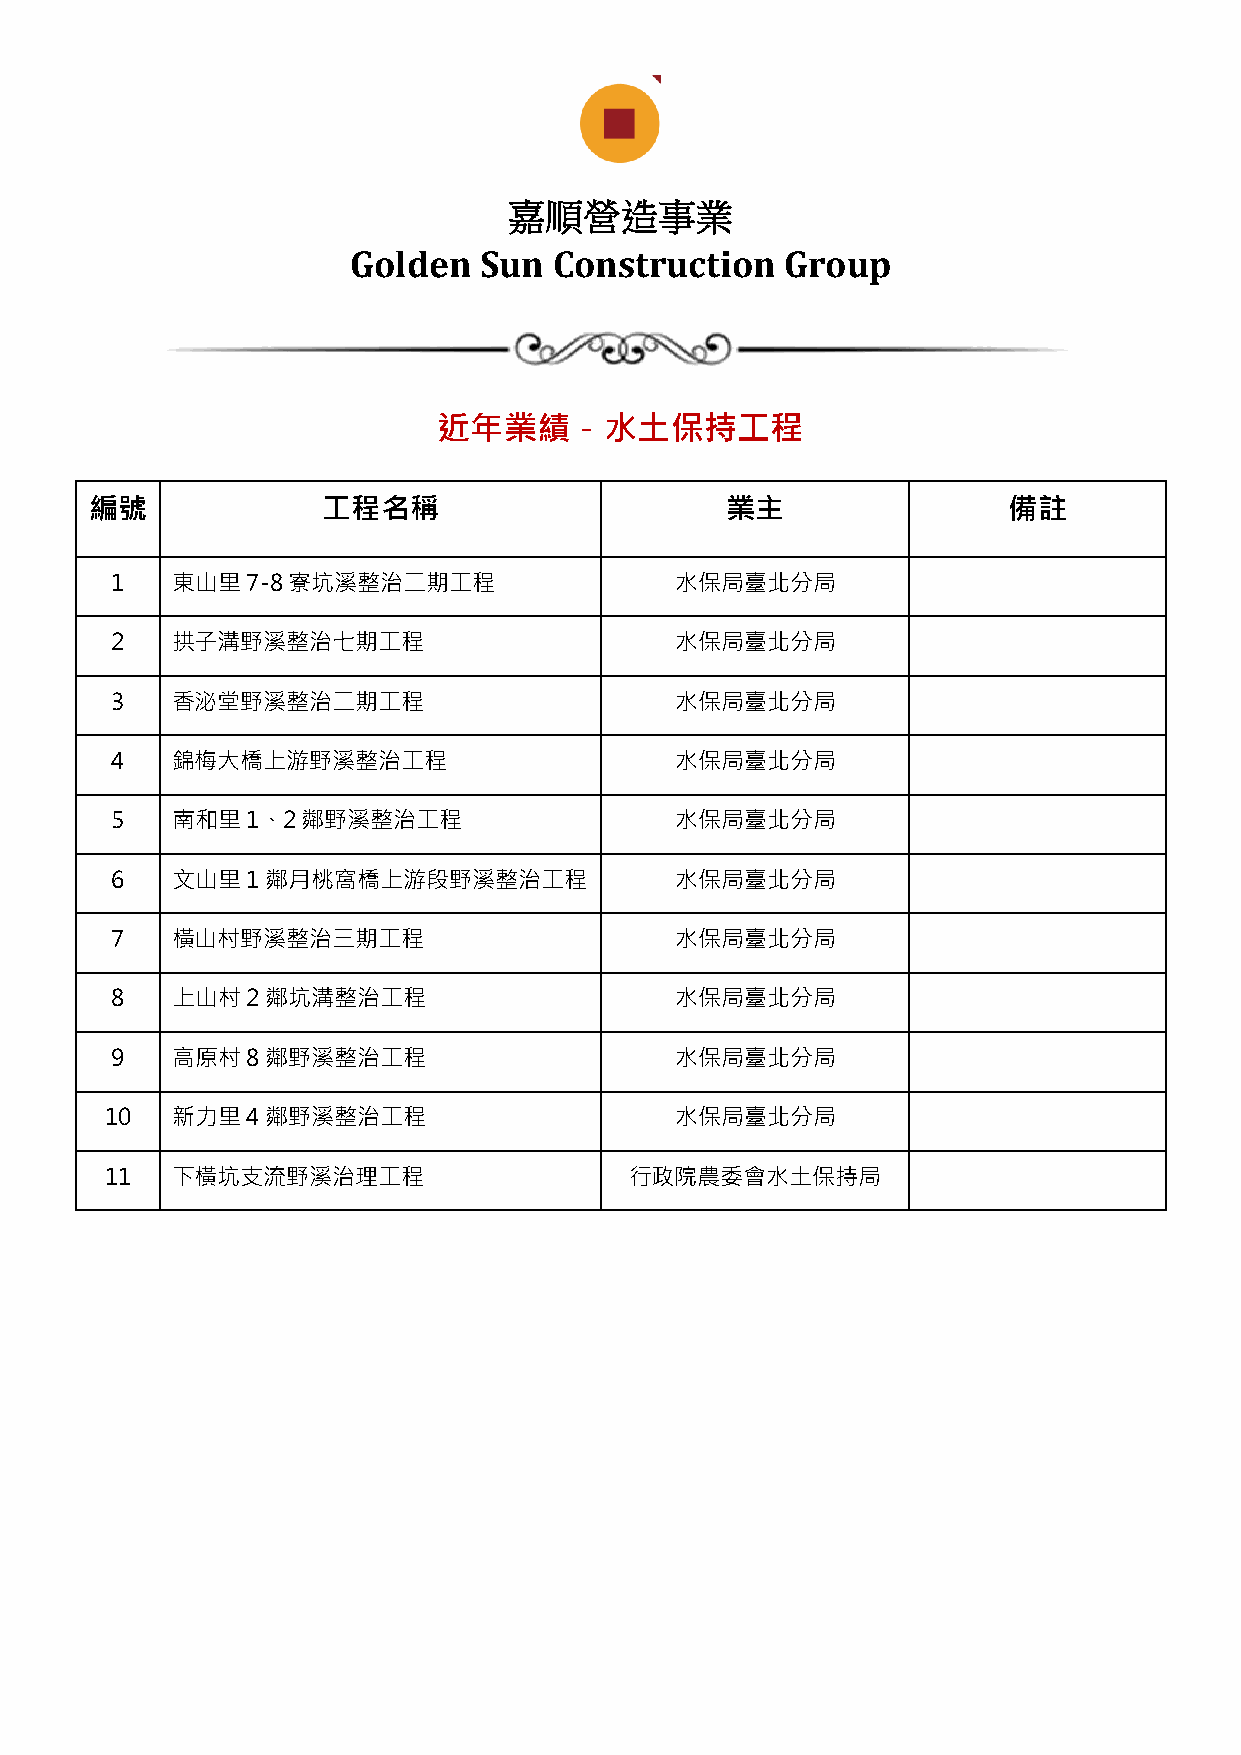
嘉順營造事業
 Golden   Sun  Construction   Group
 近年業績－水土保持工程
 編號             工程名稱                       業主                 備註
 1   東山里7-8寮坑溪整治二期工程                   水保局臺北分局
 2   拱子溝野溪整治七期工程                       水保局臺北分局
 3   香泌堂野溪整治二期工程                       水保局臺北分局
 4   錦梅大橋上游野溪整治工程                      水保局臺北分局
 5   南和里1、2鄰野溪整治工程                     水保局臺北分局
 6   文山里1鄰月桃窩橋上游段野溪整治工程                水保局臺北分局
 7   橫山村野溪整治三期工程                       水保局臺北分局
 8   上山村2鄰坑溝整治工程                       水保局臺北分局
 9   高原村8鄰野溪整治工程                       水保局臺北分局
 10  新力里4鄰野溪整治工程                       水保局臺北分局
 11  下橫坑支流野溪治理工程                    行政院農委會水土保持局